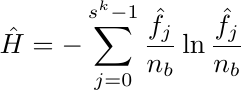
\begin{equation*}
    \hat{H}=-\sum_{j=0}^{s^{k}-1}\frac{\hat{f}_j}{n_b}\ln{\frac{\hat{f}_j}{n_b}}
\end{equation*}